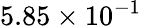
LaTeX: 5.85\times 10^{-1}